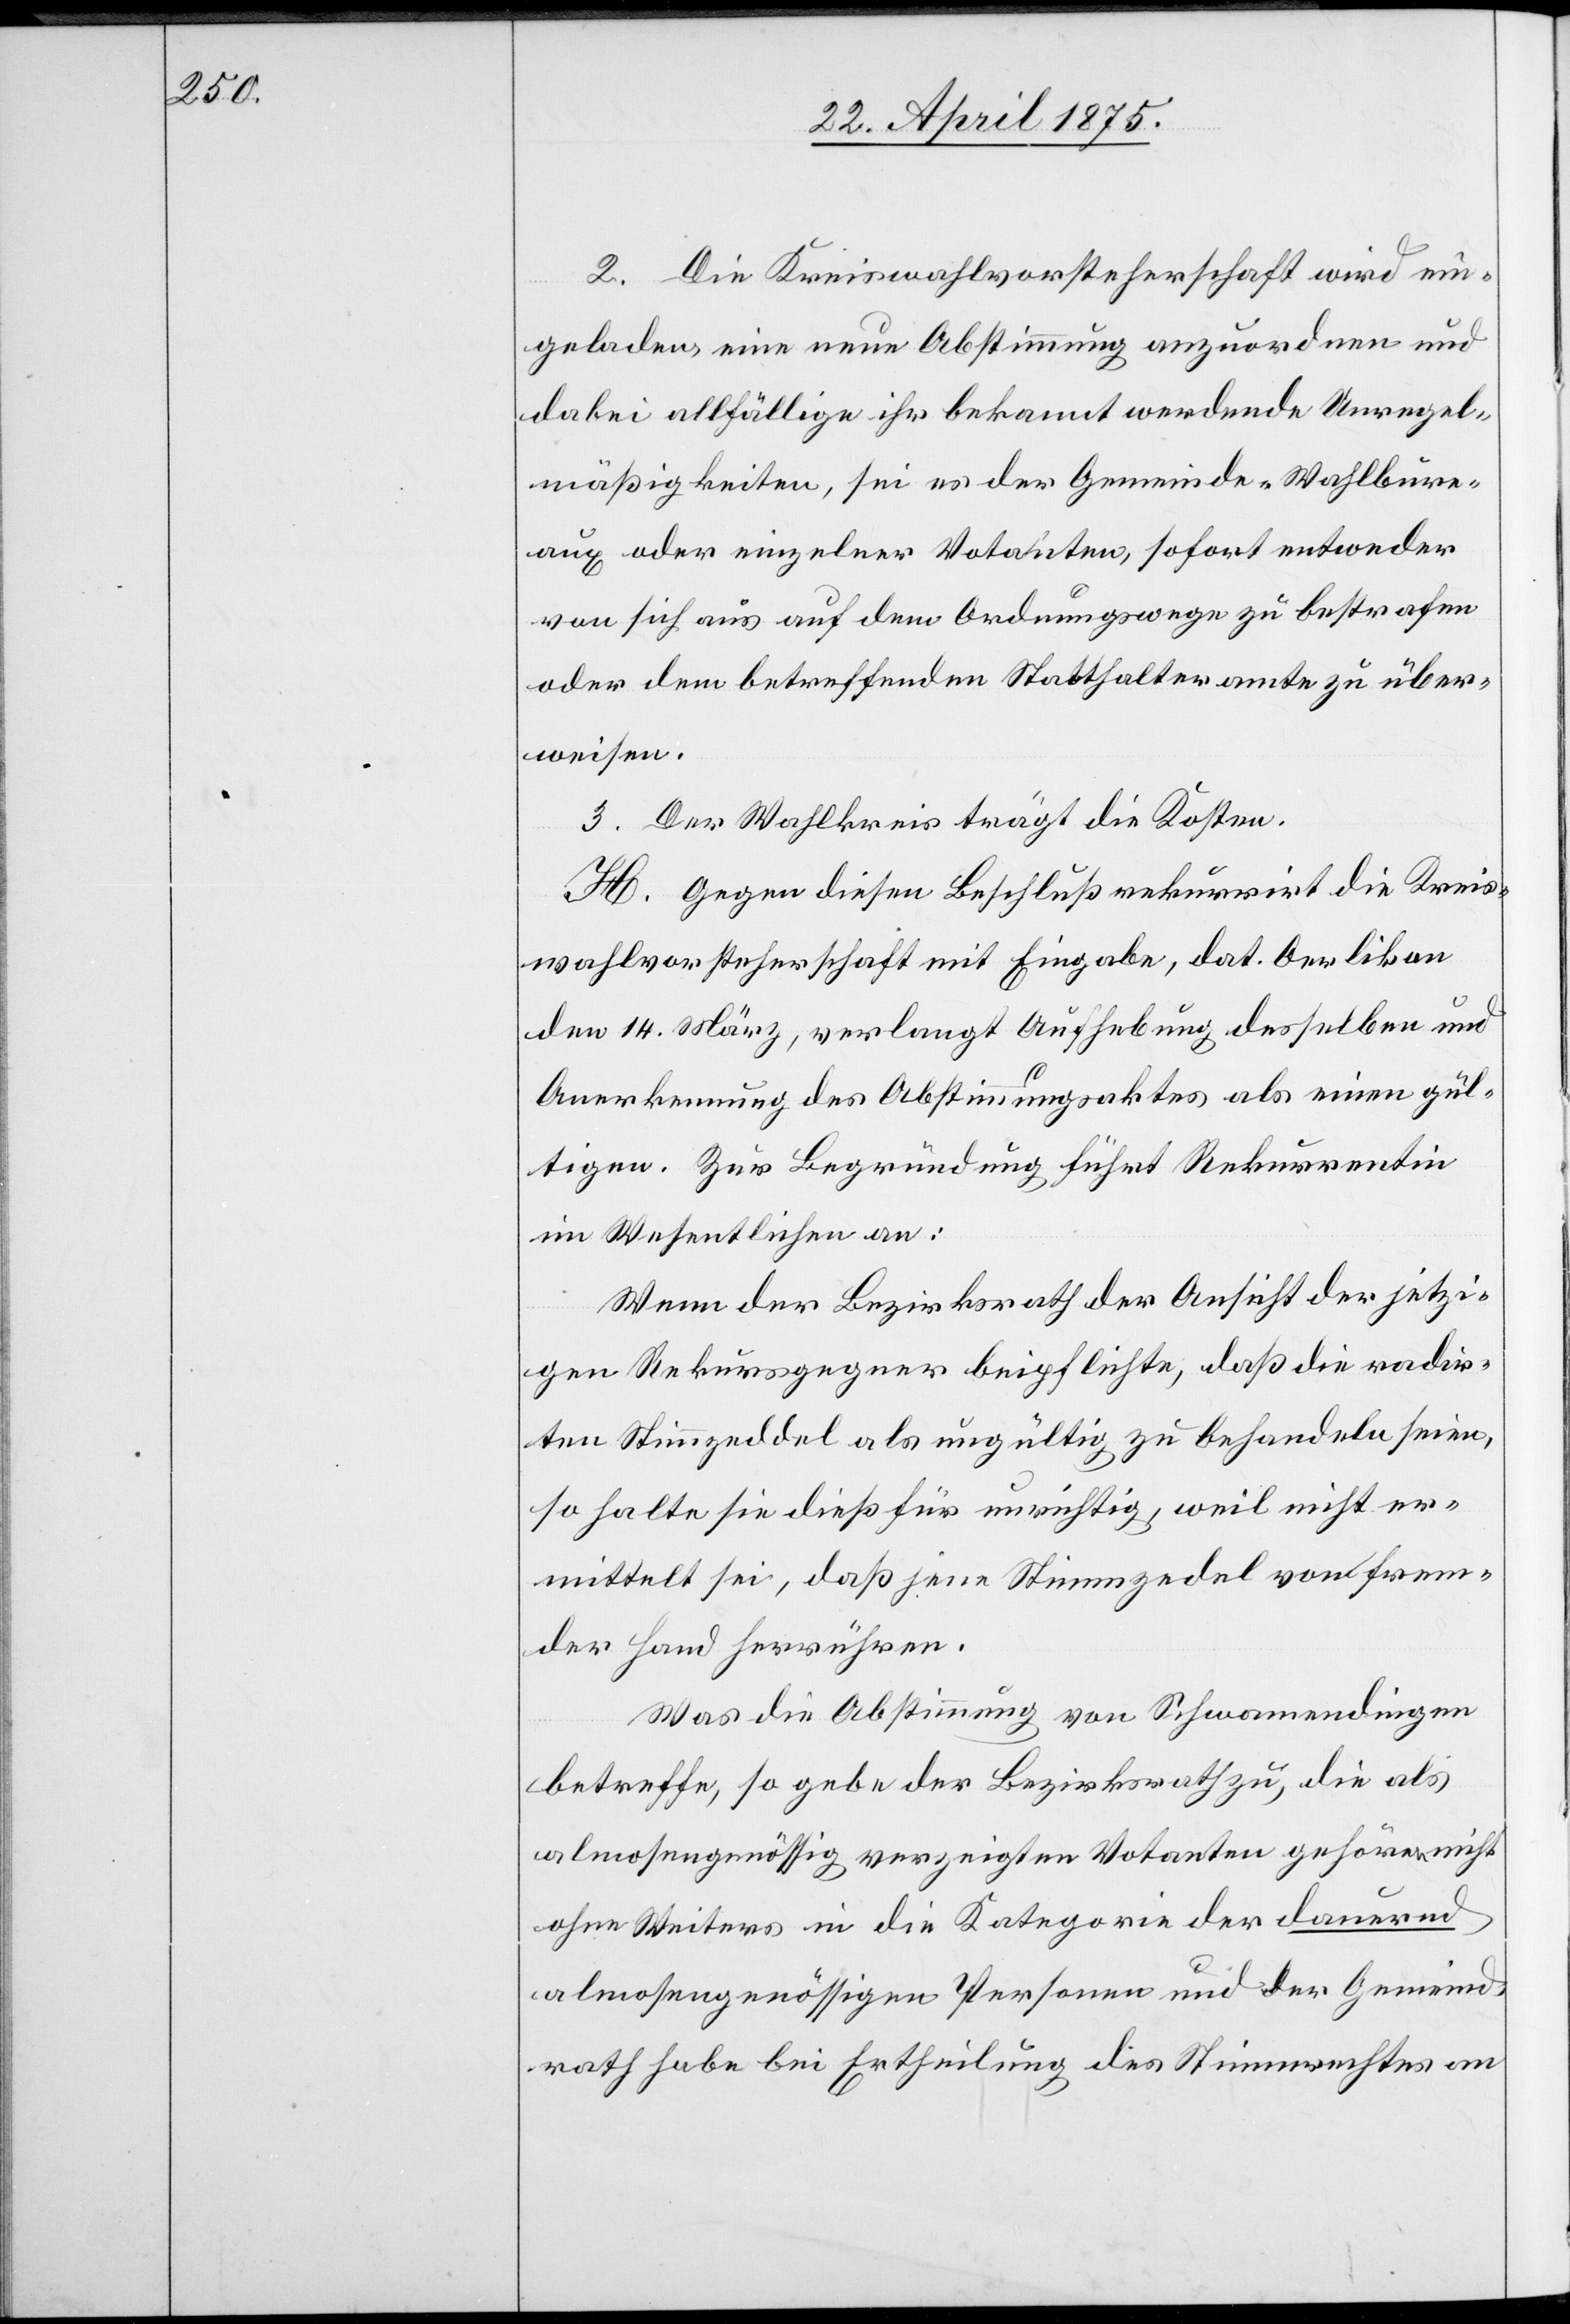
2. Die Kreiswahlvorsteherschaft wird ein¬
geladen eine neue Abstimmung anzuordnen und
dabei allfällige ihr bekannt werdende Unregel¬
mäßigkeiten, sei es der Gemeinde Wahlbur¬
aux [sic!]oder einzelner Votanten, sofort entweder
von sich aus auf dem Ordnungswege zu bestrafen
oder dem betreffenden Statthalteramte zu über¬
weisen.
3. Der Wahlkreis trägt die Kosten.
H. Gegen diesen Beschluß rekurrirt die Kreis¬
wahlvorsteherschaft mit Eingabe, dat. Oerlikon
den 14. März, verlangt Aufhebung desselben und
Anerkennung des Abstimmungsaktes als einen gül¬
tigen. Zur Begründung führt Rekurrentin
im Wesentlichen an:
Wenn der Bezirksrath der Ansicht der jetzi¬
gen Rekursgegner beipflichte, daß die radir¬
ten Stimmzeddel als ungültig zu behandeln seien,
so halte sie dieß für unrichtig, weil nicht er¬
mittelt sei, daß jene Stimmzed[d]el von frem¬
der Hand herrühren.
Was die Abstimmung von Schwamendingen
betreffe, so gebe der Bezirksrath zu, die als
almosengenössig verzeigten Votanten gehören nicht
ohne Weiteres in die Kategorie der dauernd
Almosengenössigen Personen und der Gemeind¬
rath habe bei Ertheilung des Stimmrechtes an